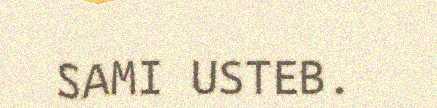
SAMI USTEB.